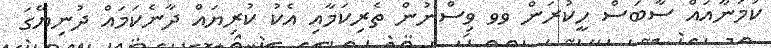
ކަމަނާއައް ސާބަސް ހީކުރަން ވވ ވިސްނުން ތެރިކަމާއި އެކު ކުރިޔައް ދާނެކަމައް ދުނިޔޭގަ